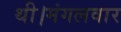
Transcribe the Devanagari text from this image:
थी।मंगलवार